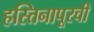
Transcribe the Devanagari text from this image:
हस्तिनापूरची